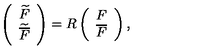
\left( \begin{array} { c c } { \widetilde F } \\ { { \widetilde { \overline { F } } } } \\ \end{array} \right) = R \left( \begin{array} { c c } { F } \\ { { \overline { F } } } \\ \end{array} \right) ,